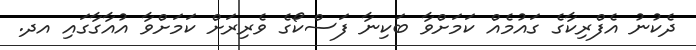
ދެކުނު އެފްރިކާގެ ގައުމެއް ކަމަށްވާ ބަކިނާ ފަސްކޯގެ ވެރިރަށް ކަމަށްވާ އުއާގާގައި އދ.